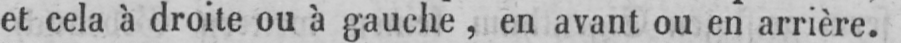
et cela à droite ou à gauche, en avant ou en arrière.